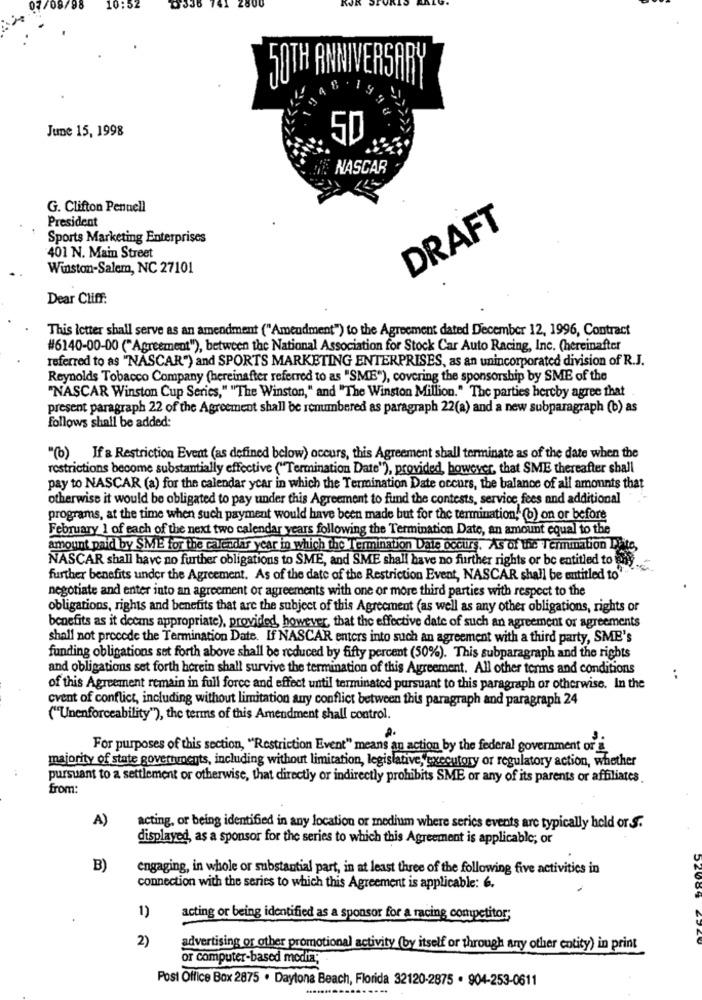
7/08/98
50TH ANNIVERSARY
June 15, 1998
50
NASCAR
G. Clifton Pennell
President
DRAFT
Sports Marketing Enterprises
401 N. Main Street
Winston-Salem, NC 27101
Dear Cliff:
This Ictter shall serve as an amendment ("Amendment") to the Agreement dated December 12, 1996, Contract
#6140-00-00 ("Agreement"), between the National Association for Stock Car Auto Racing, Inc. (hereinafter
referred to as "NASCAR") and SPORTS MARKETING ENTERPRISES, as an unincorporated division of R.J.
Reynolds Tobacco Company (hereinafter referred to as "SMIE"), covering the sponsorship by SME of the
"NASCAR Winston Cup Series," "The Winston," and "The Winston Million." The parties hereby agree that
present paragraph 22 of the Agreement shall be renumbered as paragraph 22(a) and a new subparagraph (b) as
follows shall be added:
"(b) If a Restriction Event (as defined below) occurs, this Agreement shall terminate as of the date when the
restrictions become substantially effective ("Termination Date"), provided, however, that SME thereafter shall
pay to NASCAR (a) for the calendar year in which the Termination Date occurs, the balance of all amounts that
otherwise it would be obligated to pay under this Agreement to fund the contests, service fees and additional
programs, at the time when such payment would have been made but for the termination," (b) on or before
February 1 of each of the next two calendar years following the Termination Date, an amount equal to the
amount paid by SME for the calendar year in which the Termination Date occurs. As of the Termination D)
NASCAR shall have no further obligations to SME, and SME shall have no further rights or be entitled to
further benefits under the Agreement. As of the date of the Restriction Event, NASCAR shall be entitled to"
negotiate and enter into an agreement or agreements with one or more third parties with respect to the
obligations, rights and benefits that are the subject of this Agreement (as well as any other obligations, rights of
benefits as it decas appropriate), provided, however, that the effective date of such an agreement or agreements
shall not procede the Termination Date. If NASCAR enters into such an agreement with a third party, SME's
funding obligations set forth above shall be reduced by fifty percent (50%). This subparagraph and the rights
and obligations set forth herein shall survive the termination of this Agreement. All other terms and conditions
..
of this Agreement remain in full force and effect until terminated pursuant to this paragraph or otherwise. In the
cvent of conflict, including without limitation any conflict between this paragraph and paragraph 24
("Unenforceability"), the terms of this Amendment shall control.
2.
For purposes of this section, "Restriction Event" means an action by the federal government or
majority of state govertunents, including without limitation, legislative, executory or regulatory action, whether
pursuant to a settlement or otherwise, that directly or indirectly prohibits SME or any of its parents or affiliates
from:
A)
acting, or being identified in any location or medium where serics events are typically held or S.
displayed, as a sponsor for the series to which this Agreement is applicable; or
B)
engaging, in whole or substantial part, in at least three of the following five activities in
connection with the series to which this Agreement is applicable: 6.
1)
acting or being identified as a sponsor for a racing competitor;
2)
advertising or other promotional activity (by itself or through any other entity) in print
or computer-based media;
Post Office Box 2875 · Daytona Beach, Florida 32120-2875 . 904-253-0611